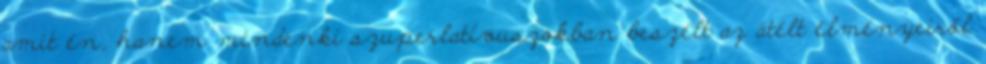
amit én, hanem mindenki szuperlatívuszokban beszélt az átélt élményeiről